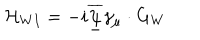
\mathcal { H } _ { W I } = - i \overline { { { \underline { { { \psi } } } } } } \gamma _ { \mu } \cdot G _ { W }